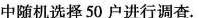
中随机选择50户进行调查。